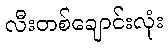
လီးတစ်ချောင်းလုံး